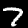
Digit: 7